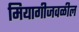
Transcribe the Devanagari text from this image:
मियागीजवळील